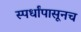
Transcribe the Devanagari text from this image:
स्पर्धांपासूनच